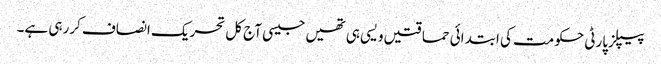
پیپلزپارٹی حکومت کی ابتدائی حماقتیں ویسی ہی تھیں جیسی آج کل تحریک انصاف کررہی ہے۔